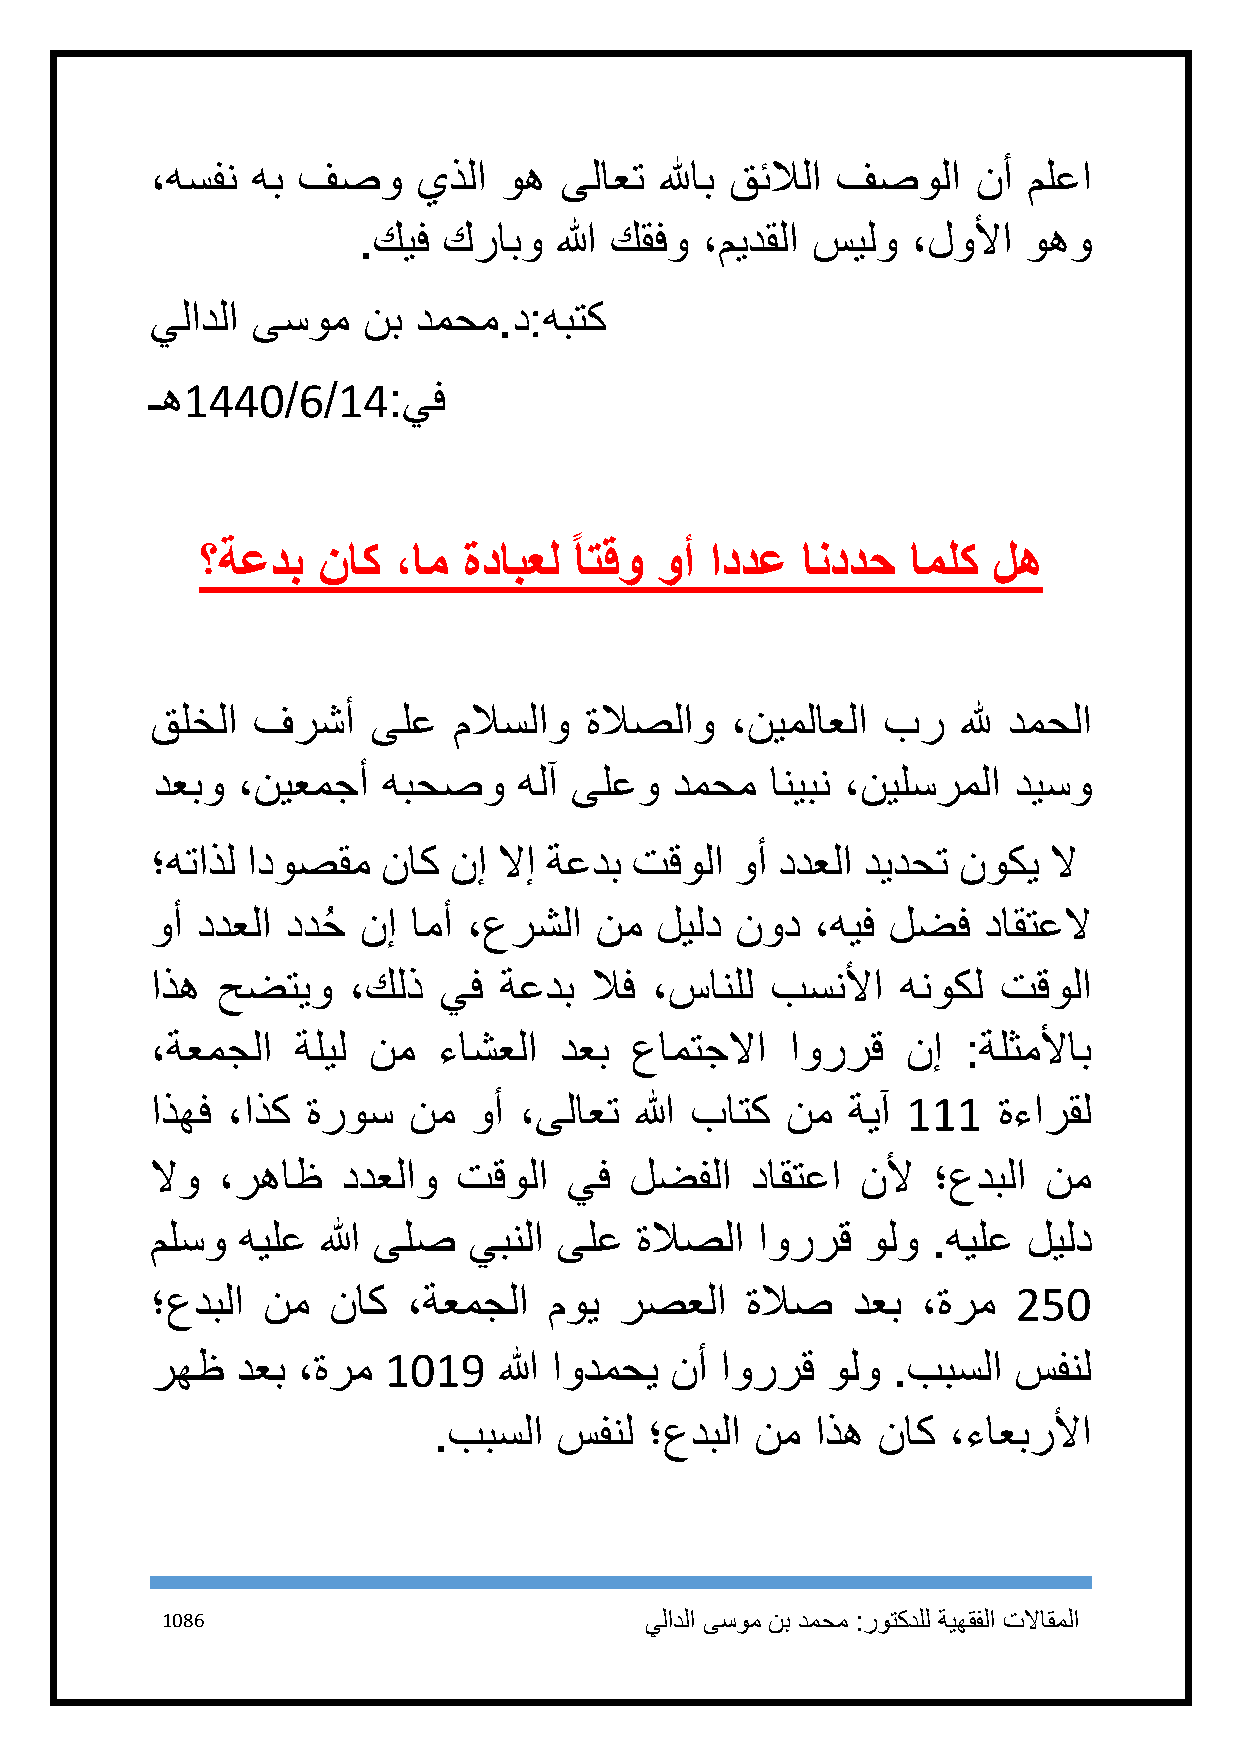
،هسفن  هب فصو     يذلا وه  ىلاعت  للهاب قئلالا فصولا   نأ ملعا
 .كيف كرابو   الله كقفو ،ميدقلا سيلو ،لولأا  وهو
 يلادلا ىسوم   نب دمحم.د:هبتك
 ـه1441/6/14:يف
 ؟ةعدب   ناك  ،ام  ةدابعل اتقو  وأ اددع  انددح  املك  له
 قلخلا  فرشأ    ىلع  ملاسلاو  ةلاصلاو  ،نيملاعلا بر    لله دمحلا
 دعبو  ،نيعمجأ  هبحصو    هلآ ىلعو   دمحم  انيبن ،نيلسرملا ديسو
 ؛هتاذل ادوصقم  ناك  نإ لاإ ةعدب تقولا  وأ ددعلا ديدحت نوكي لا
 وأ ددعلا ددحُ نإ امأ ،عرشلا  نم  ليلد  نود  ،هيف لضف   داقتعلا
 اذه حضتيو    ،كلذ  يف  ةعدب  لاف ،سانلل  بسنلأا   هنوكل تقولا
 ،ةعمجلا   ةليل نم  ءاشعلا  دعب  عامتجلاا  اوررق   نإ  :ةلثملأاب
 اذهف ،اذك ةروس   نم  وأ ،ىلاعت  الله باتك نم  ةيآ 111   ةءارقل
 لاو ،رهاظ    ددعلاو تقولا   يف  لضفلا   داقتعا نلأ  ؛عدبلا نم
 ملسو  هيلع الله ىلص  يبنلا ىلع  ةلاصلا  اوررق  ولو  .هيلع ليلد
 ؛عدبلا نم   ناك  ،ةعمجلا  موي  رصعلا   ةلاص   دعب  ،ةرم  251
 رهظ   دعب ،ةرم 1119    الله اودمحي نأ اوررق  ولو .ببسلا  سفنل
 .ببسلا  سفنل  ؛عدبلا نم  اذه ناك  ،ءاعبرلأا
 1186                            يلادلا ىسوم نب دمحم :روتكدلل ةيهقفلا تلااقملا